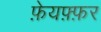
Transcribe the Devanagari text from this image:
फ़ेयफ़्फ़र